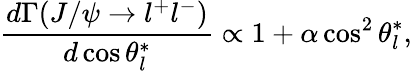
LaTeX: \frac{d\Gamma(J/\psi\rightarrow l^{+}l^{-})}{d\cos\theta_{l}^{*}}\propto 1+\alpha\cos^{2}\theta_{l}^{*},